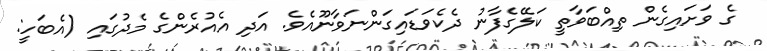
ގެ ވަށައިގެން ތިއްބަވާތީ ކަލޭގެފާނު ދެކެވަޑައިގަންނަވާނޫއެވެ. އަދި އެއުރެންގެ މެދުގައި (އެބަހީ: